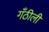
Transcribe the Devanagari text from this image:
गँठीली